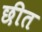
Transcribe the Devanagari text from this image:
छीत